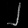
Digit: ၂